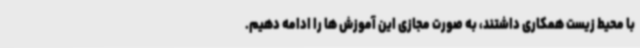
با محیط زیست همکاری داشتند، به صورت مجازی این آموزش ها را ادامه دهیم.